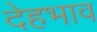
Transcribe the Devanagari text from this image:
देहभाव